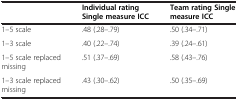
|  | Individual rating Single measure ICC | Team rating Single measure ICC |
 | --- | --- | --- |
 | 1–5 scale | .48 (.28–.79) | .50 (.34–.71) |
 | 1–3 scale | .40 (.22–.74) | .39 (.24–.61) |
 | 1–5 scale replaced missing | .51 (.37–.69) | .58 (.43–.76) |
 | 1–3 scale replaced missing | .43 (.30–.62) | .50 (.35–.69) |